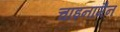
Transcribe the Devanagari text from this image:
चाइनामैन